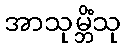
အာသုမ္ဘိံသု